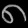
Digit: ၈